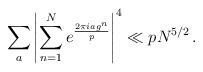
LaTeX: \begin{align*} \sum_{a} \left|\sum_{n=1}^N e^{\frac{2\pi i ag^n}{p}} \right|^4 \ll p N^{5/2} \,.\end{align*}